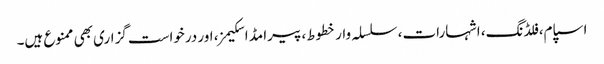
اسپام، فلڈنگ، اشہارات، سلسلہ وار خطوط، پیرامڈ اسکیمز، اور درخواست گزاری بھی ممنوع ہیں۔